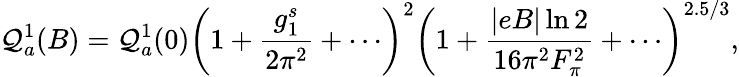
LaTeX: {\cal\mathcal{Q}}_{a}^{1}(B)={\cal\mathcal{Q}}_{a}^{1}(0)\left(1+{\frac{{g_{1}^{s}}}{{2\pi^{2}}}}+\cdots\right)^{2}\left(1+{\frac{{\left|eB\right|\ln2}}{{16\pi^{2}F_{\pi}^{2}}}}+\cdots\right)^{2.5/3},